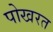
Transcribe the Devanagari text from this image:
पोखरत